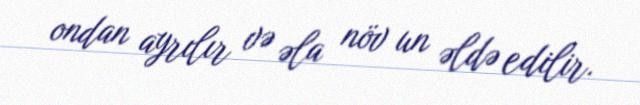
ondan ayrılır və əla növ un əldə edilir.